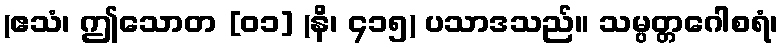
(ဧသံ၊ ဤသောတ [၀၁] (နိ၊ ၄၁၅) ပသာဒသည်။ သမ္ပတ္တဂေါစရံ၊